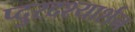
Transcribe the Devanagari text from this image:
प्दुरदश्यार्शन